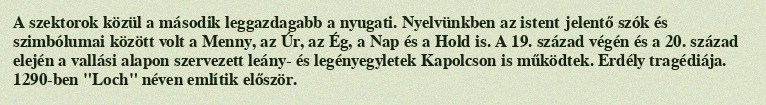
A szektorok közül a második leggazdagabb a nyugati. Nyelvünkben az istent jelentő szók és szimbólumai között volt a Menny, az Úr, az Ég, a Nap és a Hold is. A 19. század végén és a 20. század elején a vallási alapon szervezett leány- és legényegyletek Kapolcson is működtek. Erdély tragédiája. 1290-ben "Loch" néven említik először.